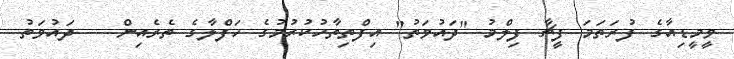
ވީމީޑިއާގެ ފުރަތަމަ ފީޗާ ފިލްމު "ދައުވަތު" އިފްތިތާހުކުރުމުގެ ހަފްލާގެ ތެރެއިން -- ދައުވަތު